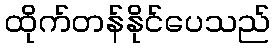
ထိုက်တန်နိုင်ပေသည်